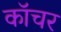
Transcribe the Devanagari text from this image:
कॉचर